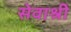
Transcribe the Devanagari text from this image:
सेवाश्री